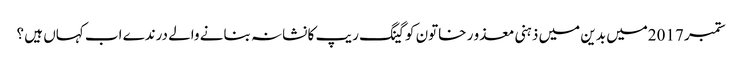
ستمبر 2017میں بدین میں ذہنی معذو ر خاتون کو گینگ ریپ کا نشانہ بنانے والے درندے اب کہاں ہیں ؟